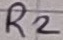
Text: R2